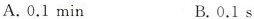
A.0.1min B.0.1s